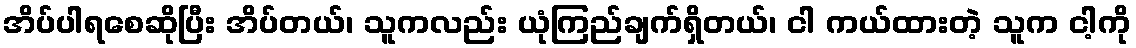
အိပ်ပါရစေဆိုပြီး အိပ်တယ်၊ သူကလည်း ယုံကြည်ချက်ရှိတယ်၊ ငါ ကယ်ထားတဲ့ သူက ငါ့ကို